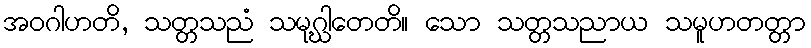
အဝဂါဟတိ, သတ္တသညံ သမုဂ္ဃါတေတိ။ သော သတ္တသညာယ သမူဟတတ္တာ